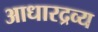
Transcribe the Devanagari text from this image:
आधारद्रव्य